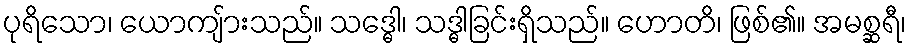
ပုရိသော၊ ယောကျ်ားသည်။ သဒ္ဓေါ၊ သဒ္ဓါခြင်းရှိသည်။ ဟောတိ၊ ဖြစ်၏။ အမစ္ဆရီ၊